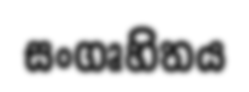
සංගෘහිතය